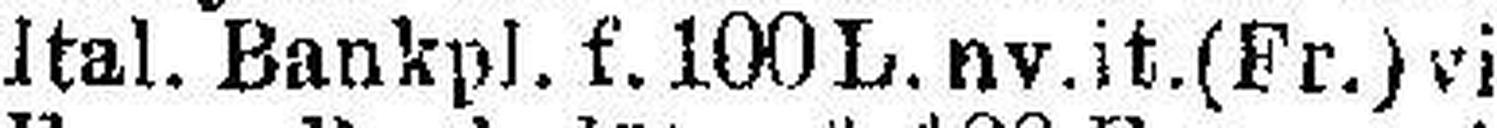
Ital. Bankpl. f. 100 L. nv.it.(Fr.) vista 5